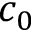
c _ { 0 }